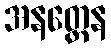
အနတ္တေန